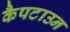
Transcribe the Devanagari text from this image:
कैपटाउन